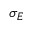
\sigma _ { E }